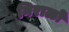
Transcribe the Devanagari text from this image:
निराळो